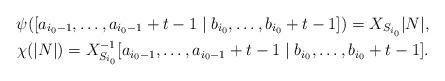
LaTeX: \begin{gather*} \psi([a_{i_0-1},\dots,a_{i_0-1}+t-1 \mid b_{i_0},\dots, b_{i_0}+t-1]) = X_{S_{i_0}} |N|, \\ \chi(|N|) = X^{-1}_{S_{i_0}} [a_{i_0-1},\dots,a_{i_0-1}+t-1 \mid b_{i_0},\dots, b_{i_0}+t-1]. \end{gather*}